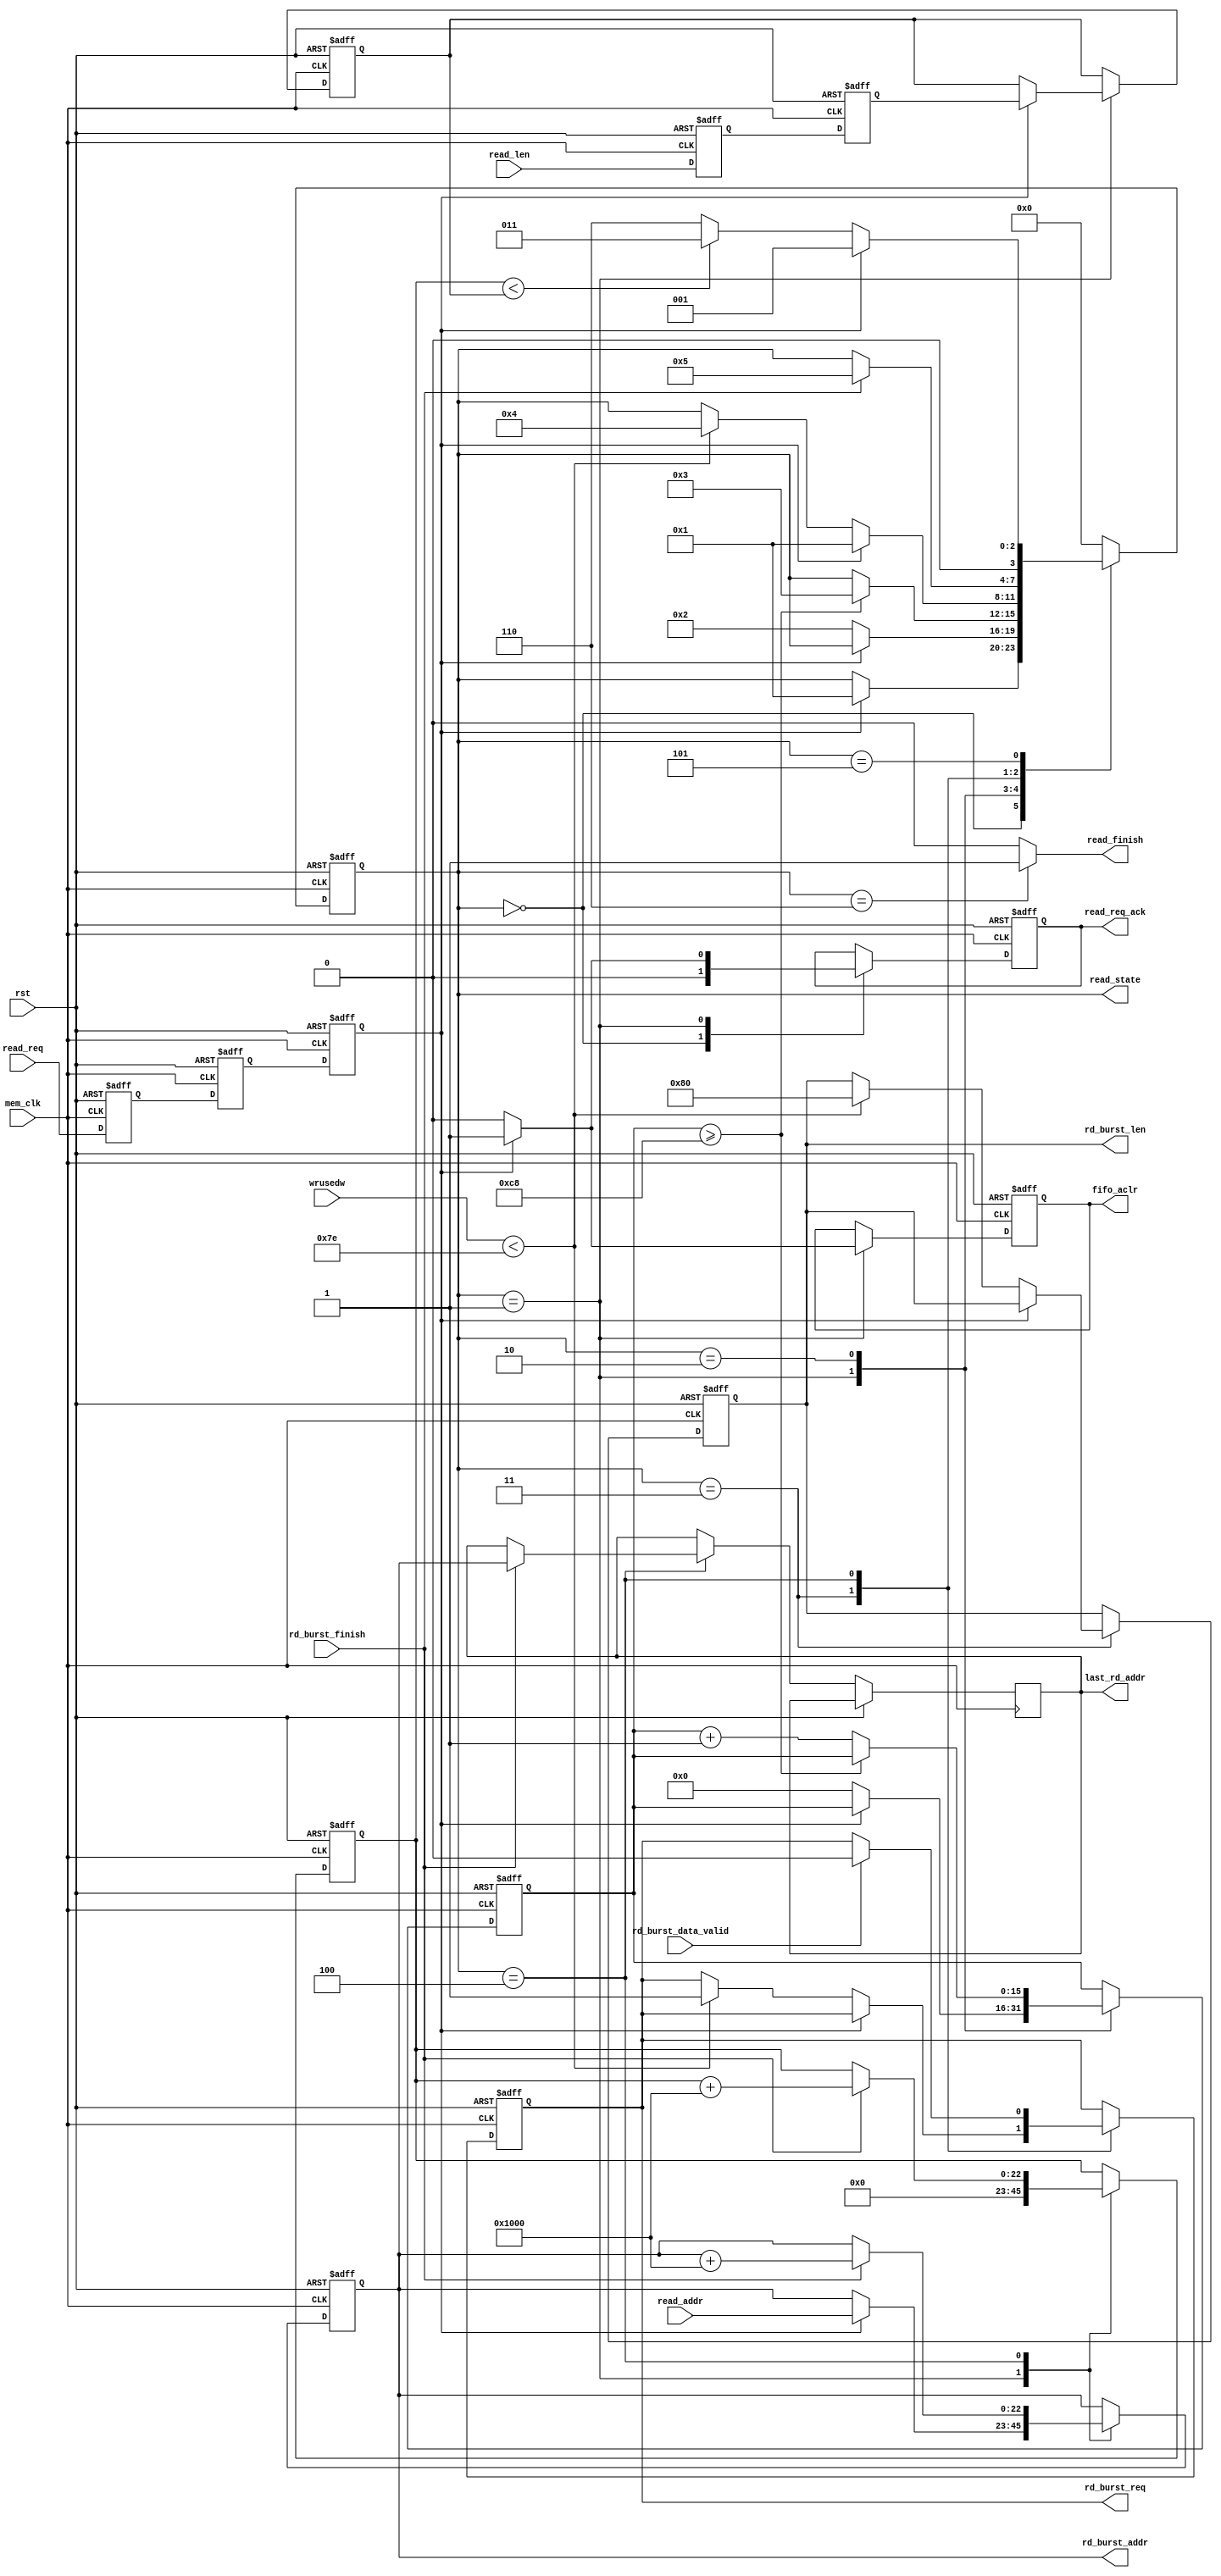
module  fifo_read
#
(
	parameter MEM_DATA_BITS          = 32,
	parameter ADDR_BITS              = 23,
	parameter BUSRT_BITS             = 10,
	parameter FIFO_DEPTH             = 256,
	parameter BURST_SIZE             = 128
)               
(
	input                            rst,                  
	input                            mem_clk,                    // external memory controller user interface clock
	output reg                       rd_burst_req,               // to external memory controller,send out a burst read request  
	output reg[BUSRT_BITS - 1:0]     rd_burst_len,               // to external memory controller,data length of the burst read request, not bytes 
	output reg[ADDR_BITS - 1:0]      rd_burst_addr,              // to external memory controller,base address of the burst read request
	input                            rd_burst_data_valid,        // from external memory controller,read request data valid    
	input                            rd_burst_finish,            // from external memory controller,burst read finish
	input                            read_req,                   // data read module read request,keep '1' until read_req_ack = '1'
	output reg                       read_req_ack,               // data read module read request response
	output                           read_finish,                // data read module read request finish
    input[ADDR_BITS - 1:0]           read_addr,
	// input[ADDR_BITS - 1:0]           read_addr_0,                // data read module read request base address 0, used when read_addr_index = 0
	// input[ADDR_BITS - 1:0]           read_addr_1,                // data read module read request base address 1, used when read_addr_index = 1
	// input[ADDR_BITS - 1:0]           read_addr_2,                // data read module read request base address 1, used when read_addr_index = 2
	// input[ADDR_BITS - 1:0]           read_addr_3,                // data read module read request base address 1, used when read_addr_index = 3
	// input[1:0]                       read_addr_index,            // select valid base address from read_addr_0 read_addr_1 read_addr_2 read_addr_3
	input[ADDR_BITS - 1:0]           read_len,                   // data read module read request data length
	output reg                       fifo_aclr,                  // to fifo asynchronous clear
	input[8:0]                      wrusedw,                     // from fifo write used words


    output[ADDR_BITS - 1:0]          last_rd_addr,
    output    [3:0]                  read_state             
);
assign read_state = state;



reg[ADDR_BITS - 1:0]    reg_last_rd_addr;
assign    last_rd_addr = reg_last_rd_addr;


localparam ONE                       = 256'd1;                   //256 bit '1'   you can use ONE[n-1:0] for n bit '1'
localparam ZERO                      = 256'd0;                   //256 bit '0'
//read state machine code
localparam S_IDLE                    = 0;                        //idle state,waiting for frame read
localparam S_ACK                     = 1;                        //read request response
localparam S_WAIT                    = 2;
localparam S_CHECK_FIFO              = 3;                        //check the FIFO status, ensure that there is enough space to burst read
localparam S_READ_BURST              = 4;                        //begin a burst read
localparam S_READ_BURST_END          = 5;                        //a burst read complete
localparam S_END                     = 6;                        //a frame of data is read to complete

reg                                  read_req_d0;                //asynchronous read request, synchronize to 'mem_clk' clock domain,first beat
reg                                  read_req_d1;                //second
reg                                  read_req_d2;                //third,Why do you need 3 ? Here's the design habit
reg[ADDR_BITS - 1:0]                 read_len_d0;                //asynchronous read_len(read data length), synchronize to 'mem_clk' clock domain first
reg[ADDR_BITS - 1:0]                 read_len_d1;                //second
reg[ADDR_BITS - 1:0]                 read_len_latch;             //lock read data length
reg[ADDR_BITS - 1:0]                 read_cnt;                   //read data counter
reg[3:0]                             state;                      //state machine
// reg[1:0]                             read_addr_index_d0;         //synchronize to 'mem_clk' clock domain first
// reg[1:0]                             read_addr_index_d1;         //synchronize to 'mem_clk' clock domain second
reg[15:0]                            wait_cnt;
assign read_finish = (state == S_END) ? 1'b1 : 1'b0;             //read finish at state 'S_END'
always@(posedge mem_clk or posedge rst)
begin
	if(rst == 1'b1)
	begin
		read_req_d0    <=  1'b0;
		read_req_d1    <=  1'b0;
		read_req_d2    <=  1'b0;
		read_len_d0    <=  ZERO[ADDR_BITS - 1:0];               //equivalent to read_len_d0 <= 0;
		read_len_d1    <=  ZERO[ADDR_BITS - 1:0];               //equivalent to read_len_d1 <= 0;
		// read_addr_index_d0 <= 2'b00;
		// read_addr_index_d1 <= 2'b00;
	end
	else
	begin
		read_req_d0    <=  read_req;
		read_req_d1    <=  read_req_d0;
		read_req_d2    <=  read_req_d1;     
		read_len_d0    <=  read_len;
		read_len_d1    <=  read_len_d0; 
		// read_addr_index_d0 <= read_addr_index;
		// read_addr_index_d1 <= read_addr_index_d0;
	end 
end


always@(posedge mem_clk or posedge rst)
begin
	if(rst == 1'b1)
	begin
		state <= S_IDLE;
		read_len_latch <= ZERO[ADDR_BITS - 1:0];
		rd_burst_addr <= ZERO[ADDR_BITS - 1:0];
		rd_burst_req <= 1'b0;
		read_cnt <= ZERO[ADDR_BITS - 1:0];
		fifo_aclr <= 1'b0;
		rd_burst_len <= ZERO[BUSRT_BITS - 1:0];
		read_req_ack <= 1'b0;
		wait_cnt <= 16'd0;
	end
	else
		case(state)
			//idle state,waiting for read, read_req_d2 == '1' goto the 'S_ACK'
			S_IDLE:
			begin
				if(read_req_d2 == 1'b1)
				begin
					state <= S_ACK;
				end
				read_req_ack <= 1'b0;
			end
			//'S_ACK' state completes the read request response, the FIFO reset, the address latch, and the data length latch
			S_ACK:
			begin
				if(read_req_d2 == 1'b0)
				begin
					state <= S_WAIT;
					wait_cnt <= 16'd0;
					fifo_aclr <= 1'b0;
					read_req_ack <= 1'b0;
				end
				else
				begin
					//read request response
					read_req_ack <= 1'b1;
					//FIFO reset
					fifo_aclr <= 1'b1;
					//select valid base address from read_addr_0 read_addr_1 read_addr_2 read_addr_3

                    rd_burst_addr <= read_addr;

					// if(read_addr_index_d1 == 2'd0)
					// 	rd_burst_addr <= read_addr_0;
					// else if(read_addr_index_d1 == 2'd1)
					// 	rd_burst_addr <= read_addr_1;
					// else if(read_addr_index_d1 == 2'd2)
					// 	rd_burst_addr <= read_addr_2;
					// else if(read_addr_index_d1 == 2'd3)
					// 	rd_burst_addr <= read_addr_3;
					//latch data length
					read_len_latch <= read_len_d1;
				end
				//read data counter reset, read_cnt <= 0;
				read_cnt <= ZERO[ADDR_BITS - 1:0];
			end
			S_WAIT:
			begin
				if(wait_cnt >= 16'd200)
				begin
					state <= S_CHECK_FIFO;
				end
				else
				begin
					wait_cnt <= wait_cnt + 16'd1;
				end
			end
			S_CHECK_FIFO:
			begin
				//if there is a read request at this time, enter the 'S_ACK' state
				if(read_req_d2 == 1'b1)
				begin
					state <= S_ACK;
				end
				//if the FIFO space is a burst read request, goto burst read state
				else if(wrusedw < (FIFO_DEPTH - BURST_SIZE - 2))
				begin
					state <= S_READ_BURST;
					rd_burst_len <= BURST_SIZE[BUSRT_BITS - 1:0];
					rd_burst_req <= 1'b1;
				end
			end
			
			S_READ_BURST:
			begin
				if(rd_burst_data_valid)
					rd_burst_req <= 1'b0;
				//burst finish  
				if(rd_burst_finish == 1'b1)
				begin
					state <= S_READ_BURST_END;
					//read counter + burst length
					//read_cnt <= read_cnt + BURST_SIZE[ADDR_BITS - 1:0];
					read_cnt <= read_cnt + 25'd4096;
					//the next burst read address is generated
					//rd_burst_addr <= rd_burst_addr + BURST_SIZE[ADDR_BITS - 1:0];
					rd_burst_addr <= rd_burst_addr + 25'd4096;

                    reg_last_rd_addr <= rd_burst_addr;
				end     
			end
			S_READ_BURST_END:
			begin
				//if there is a read request at this time, enter the 'S_ACK' state
				if(read_req_d2 == 1'b1)
				begin
					state <= S_ACK;
				end
				//if the read counter value is less than the frame length, continue read,
				//otherwise the read is complete
				else if(read_cnt < read_len_latch)
				begin
					state <= S_CHECK_FIFO;
				end
				else
				begin
					state <= S_END;
				end
			end
			S_END:
			begin
				state <= S_IDLE;
			end
			default:
				state <= S_IDLE;
		endcase
end
endmodule